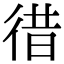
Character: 徣